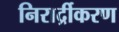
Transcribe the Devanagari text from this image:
निरार्द्रीकरण